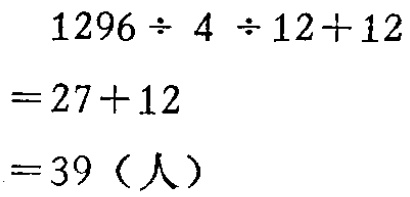
\[

\begin{align*}

&1296\div4\div12 + 12\\

=&27+12\\

=&39（人）

\end{align*}

\]